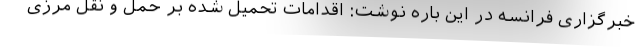
خبرگزاری فرانسه در این باره نوشت: اقدامات تحمیل شده بر حمل و نقل مرزی